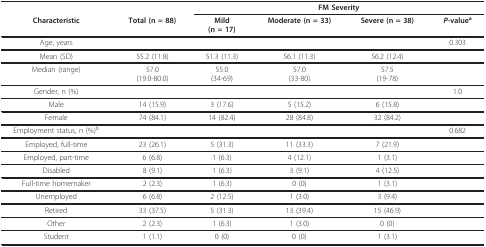
<table><thead><tr><td></td><td></td><td colspan="4"><b>FM Severity</b></td></tr><tr><td><b>Characteristic</b></td><td><b>Total (n = 88)</b></td><td><b>Mild(n = 17)</b></td><td><b>Moderate (n = 33)</b></td><td><b>Severe (n = 38)</b></td><td><b><i>P</i>-value<sup>a</sup></b></td></tr></thead><tbody><tr><td>Age, years</td><td></td><td></td><td></td><td></td><td>0.303</td></tr><tr><td>Mean (SD)</td><td>55.2 (11.8)</td><td>51.3 (11.3)</td><td>56.1 (11.3)</td><td>56.2 (12.4)</td><td></td></tr><tr><td>Median (range)</td><td>57.0(19.0-80.0)</td><td>55.0(34-69)</td><td>57.0(33-80)</td><td>57.5(19-78)</td><td></td></tr><tr><td>Gender, n (%)</td><td></td><td></td><td></td><td></td><td>1.0</td></tr><tr><td>Male</td><td>14 (15.9)</td><td>3 (17.6)</td><td>5 (15.2)</td><td>6 (15.8)</td><td></td></tr><tr><td>Female</td><td>74 (84.1)</td><td>14 (82.4)</td><td>28 (84.8)</td><td>32 (84.2)</td><td></td></tr><tr><td>Employment status, n (%)<sup>b</sup></td><td></td><td></td><td></td><td></td><td>0.682</td></tr><tr><td>Employed, full-time</td><td>23 (26.1)</td><td>5 (31.3)</td><td>11 (33.3)</td><td>7 (21.9)</td><td></td></tr><tr><td>Employed, part-time</td><td>6 (6.8)</td><td>1 (6.3)</td><td>4 (12.1)</td><td>1 (3.1)</td><td></td></tr><tr><td>Disabled</td><td>8 (9.1)</td><td>1 (6.3)</td><td>3 (9.1)</td><td>4 (12.5)</td><td></td></tr><tr><td>Full-time homemaker</td><td>2 (2.3)</td><td>1 (6.3)</td><td>0 (0)</td><td>1 (3.1)</td><td></td></tr><tr><td>Unemployed</td><td>6 (6.8)</td><td>2 (12.5)</td><td>1 (3.0)</td><td>3 (9.4)</td><td></td></tr><tr><td>Retired</td><td>33 (37.5)</td><td>5 (31.3)</td><td>13 (39.4)</td><td>15 (46.9)</td><td></td></tr><tr><td>Other</td><td>2 (2.3)</td><td>1 (6.3)</td><td>1 (3.0)</td><td>0 (0)</td><td></td></tr><tr><td>Student</td><td>1 (1.1)</td><td>0 (0)</td><td>0 (0)</td><td>1 (3.1)</td><td></td></tr></tbody></table>